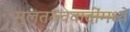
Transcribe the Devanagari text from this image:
मूलतत्त्ववादींमध्ये